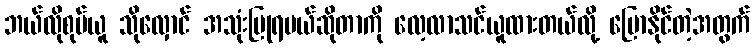
ဘယ်လိုစုပ်ယူ သိုလှောင် အသုံးပြုရမယ်ဆိုတာကို လေ့လာသင်ယူထားတယ်လို့ ပြောနိုင်တဲ့အတွက်